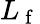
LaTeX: L_{\mathrm{~f~}}